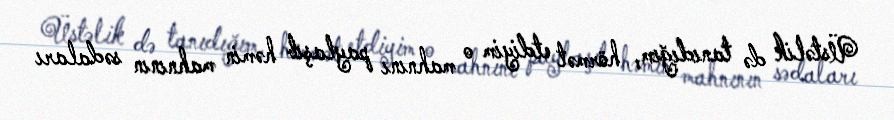
Üstəlik də tanıdığım, hörmət etdiyim o mahnını paylaşıb həmin mahnının sədaları